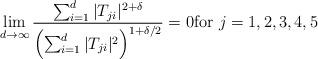
LaTeX: \begin{align*}\lim_{d \rightarrow \infty} \frac{\sum_{i=1}^d |T_{ji}|^{2+\delta}}{ \left( \sum_{i=1}^d |T_{ji}|^2 \right)^{1+\delta/2}} = 0 \mbox{for $j=1,2,3,4,5$}\end{align*}